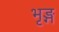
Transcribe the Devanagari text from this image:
भृङ्ग